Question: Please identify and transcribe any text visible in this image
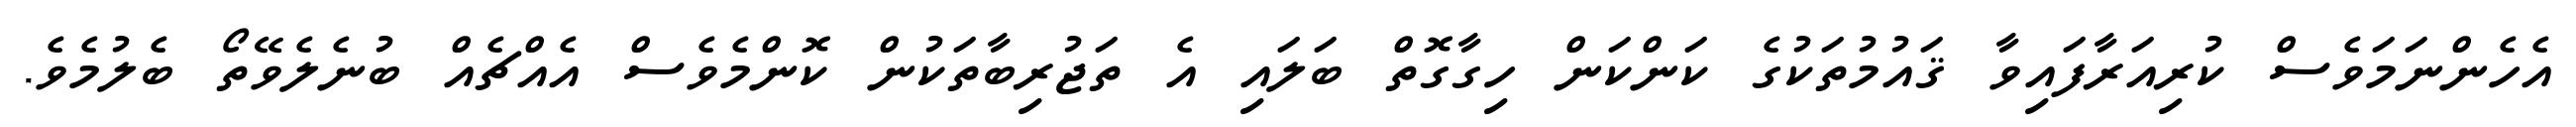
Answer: އެހެންނަމަވެސް ކުރިއަރާފައިވާ ޤައުމުތަކުގެ ކަންކަން ހިގާގޮތް ބަލައި އެ ތަޖުރިބާތަކުން ކޮންމެވެސް އެއްޗެއް ބުނެލެވޭތޯ ބެލުމެވެ.